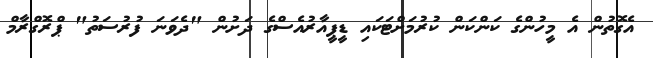
އެގޮތުން އެ މީހުންގެ ކަންކަން ކުރުމަށްޓަކައި ޑީޕީއާރުއެސްގެ ދަށުން "ދެވަނަ ފުރުސަތު" ޕްރޮގްރާމް